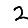
Digit: 2